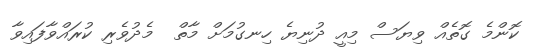
ކޮންމެ ގޮތެއް ވިޔަސް މިއީ ދުނިޔެ ހިނގުމަށް މާތް  މެދުވެރި ކުރައްވާފައިވާ